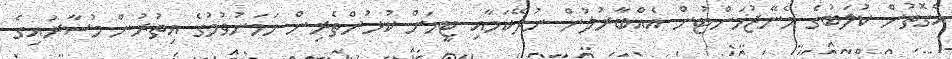
އެގޮތުން ކުލަބުގެ މެނޭޖުމަންޓުން އެއްބާރުލުން ނުދޭކަމާއި ޓީމަށް ކުޅުންތެރިން ހަމަނުވުމުގެ އިތުރުން މުސާރައިގެ